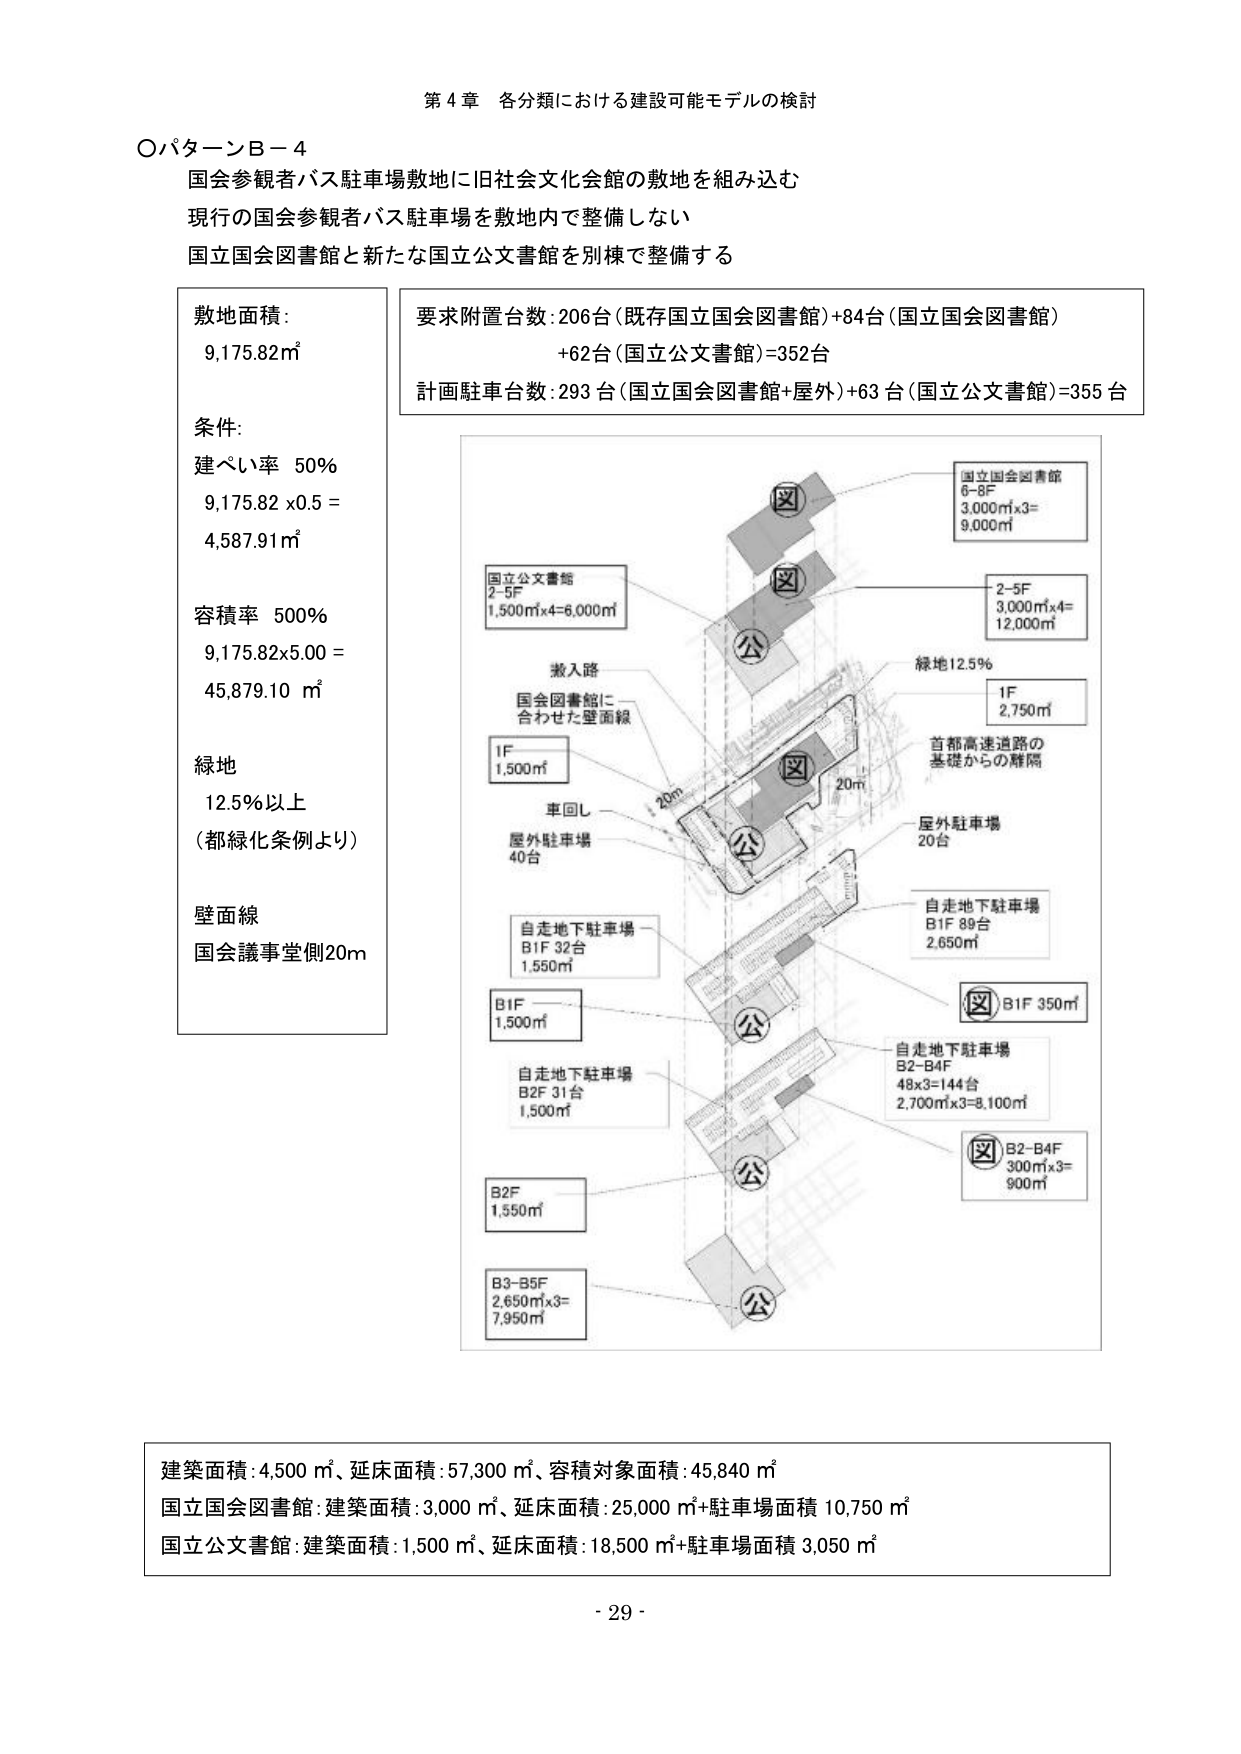
第４章 各分類における建設可能モデルの検討

〇パターンＢ－４
国会参観者バス駐車場敷地に旧社会文化会館の敷地を組み込む
現行の国会参観者バス駐車場を敷地内で整備しない
国立国会図書館と新たな国立公文書館を別棟で整備する

敷地面積：
9,175.82㎡

条件：
建ぺい率 50％
9,175.82 x 0.5 =
4,587.91㎡

容積率 500％
9,175.82x5.00 =
45,879.10 ㎡

緑地
12.5％以上
（都緑化条例より）

壁面線
国会議事堂側20m

要求附置台数：206台（既存国立国会図書館）+84台（国立国会図書館）
+62台（国立公文書館）=352台
計画駐車台数：293台（国立国会図書館+屋外）+63台（国立公文書館）=355台

国立国会図書館
6-8F
3,000㎡x3=
9,000㎡

2-5F
3,000㎡x4=
12,000㎡

緑地12.5％

1F
2,750㎡

首都高速道路の
基礎からの離隔

屋外駐車場
20台

国立公文書館
2-5F
1,500㎡x4=6,000㎡

搬入路
国会図書館に
合わせた壁面線

1F
1,500㎡

車回し
屋外駐車場
40台

自走地下駐車場
B1F 32台
1,550㎡

B1F
1,500㎡

自走地下駐車場
B2F 31台
1,500㎡

B2F
1,550㎡

B3-B5F
2,650㎡x3=
7,950㎡

自走地下駐車場
B1F 89台
2,650㎡

B1F 350㎡

自走地下駐車場
B2-B4F
48x3=144台
2,700㎡x3=8,100㎡

B2-B4F
300㎡x3=
900㎡

建築面積：4,500㎡、延床面積：57,300㎡、容積対象面積：45,840㎡
国立国会図書館：建築面積：3,000㎡、延床面積：25,000㎡+駐車場面積 10,750㎡
国立公文書館：建築面積：1,500㎡、延床面積：18,500㎡+駐車場面積 3,050㎡

- 29 -